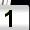
Digit: 1